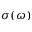
\sigma ( \omega )